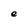
Character: e